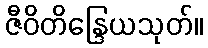
ဇီဝိတိန္ဒြေယသုတ်။